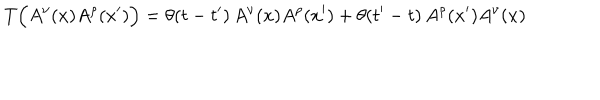
LaTeX: T \Bigl ( A ^ { \nu } ( x ) A ^ { \rho } ( x ^ { \prime } ) \Bigr ) = \theta ( t - t ^ { \prime } ) \, A ^ { \nu } ( x ) A ^ { \rho } ( x ^ { \prime } ) + \theta ( t ^ { \prime } - t ) \, A ^ { \rho } ( x ^ { \prime } ) A ^ { \nu } ( x )